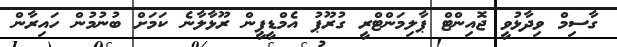
ގާސިމް ވިދާޅުވީ ޖޮއިންޓް ޕާލިމަންޓްރީ ގުރޫޕު އެމްޑީޕީން ރޫޅާލާނެ ކަމަށް ބުނުމުން ހައިރާން